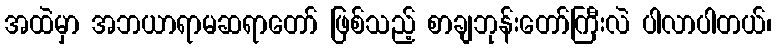
အထဲမှာ အဘယာရာမဆရာတော် ဖြစ်သည့် စာချဘုန်းတော်ကြီးလဲ ပါလာပါတယ်၊